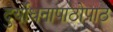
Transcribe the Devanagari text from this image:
दुर्योधनापाठोपाठ